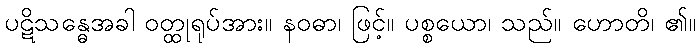
ပဋိသန္ဓေအခါ ဝတ္ထုရုပ်အား။ နဝဓာ၊ ဖြင့်။ ပစ္စယော၊ သည်။ ဟောတိ၊ ၏။